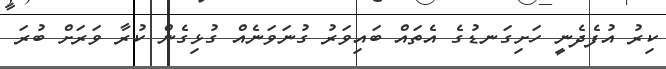
ކިރު އުފެދެނީ ހަށިގަނޑުގެ އެތައް ބައިވަރު ގުނަވަނެއް ގުޅިގެން ކުރާ ވަރަށް ބުރަ